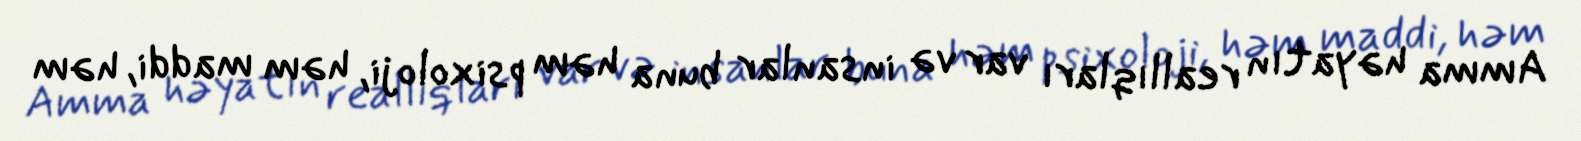
Amma həyatın reallıqları var və insanlar buna həm psixoloji, həm maddi, həm